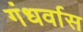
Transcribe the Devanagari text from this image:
गंधर्वास